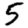
Digit: 5